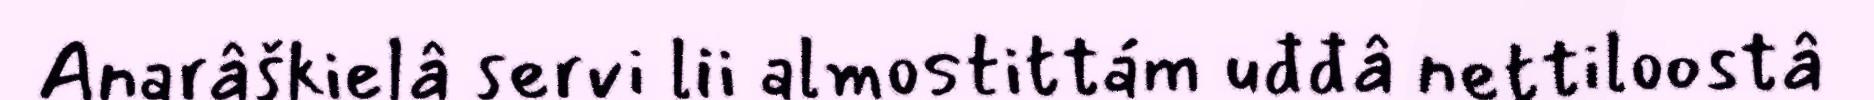
Anarâškielâ servi lii almostittám uđđâ nettiloostâ